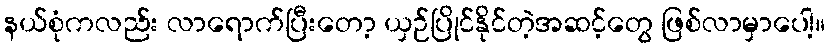
နယ်စုံကလည်း လာရောက်ပြီးတော့ ယှဉ်ပြိုင်နိုင်တဲ့အဆင့်တွေ ဖြစ်လာမှာပေါ့။